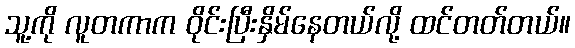
သူ့ကို လူတကာက ဝိုင်းပြီးနှိမ်နေတယ်လို့ ထင်တတ်တယ်။